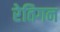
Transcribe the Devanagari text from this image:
रेतिगन